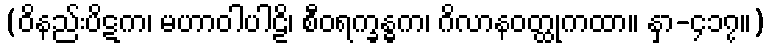
(ဝိနည်းပိဋက၊ မဟာဝါပါဠိ၊ စီဝရက္ခန္ဓက၊ ဂိလာနဝတ္ထုကထာ။ နှာ-၄၁၇။)